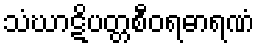
သံဃာဋိပတ္တစီဝရဓာရဏံ